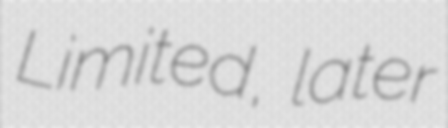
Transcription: Limited, later